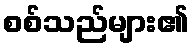
စစ်သည်များ၏